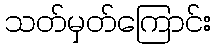
သတ်မှတ်ကြောင်း